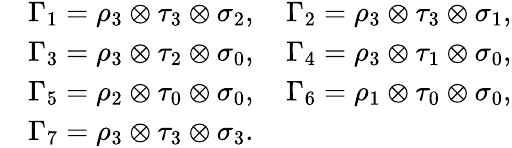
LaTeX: \begin{array}{rl}&{\Gamma_{1}=\rho_{3}\otimes\tau_{3}\otimes\sigma_{2},\quad\Gamma_{2}=\rho_{3}\otimes\tau_{3}\otimes\sigma_{1},}\\ &{\Gamma_{3}=\rho_{3}\otimes\tau_{2}\otimes\sigma_{0},\quad\Gamma_{4}=\rho_{3}\otimes\tau_{1}\otimes\sigma_{0},}\\ &{\Gamma_{5}=\rho_{2}\otimes\tau_{0}\otimes\sigma_{0},\quad\Gamma_{6}=\rho_{1}\otimes\tau_{0}\otimes\sigma_{0},}\\ &{\Gamma_{7}=\rho_{3}\otimes\tau_{3}\otimes\sigma_{3}.}\end{array}